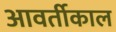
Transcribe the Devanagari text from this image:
आवर्तीकाल